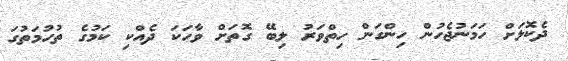
ދެކޮޅަށް ހަމަނުޖެހުން ހިންގަން ހިތްވަރު ލިބޭ ގޮތަށް ވާހަކަ ދެއްކި ކަމުގެ ތުހުމަތުގަ